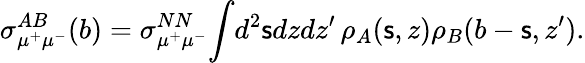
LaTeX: \sigma_{\mu^{+}\mu^{-}}^{AB}(b)=\sigma_{\mu^{+}\mu^{-}}^{NN}\! \int\! d^{2}\mathsf{s}dzdz^{\prime}\, \rho_{A}(\mathsf{s},z)\rho_{B}(b-\mathsf{s},z^{\prime}).